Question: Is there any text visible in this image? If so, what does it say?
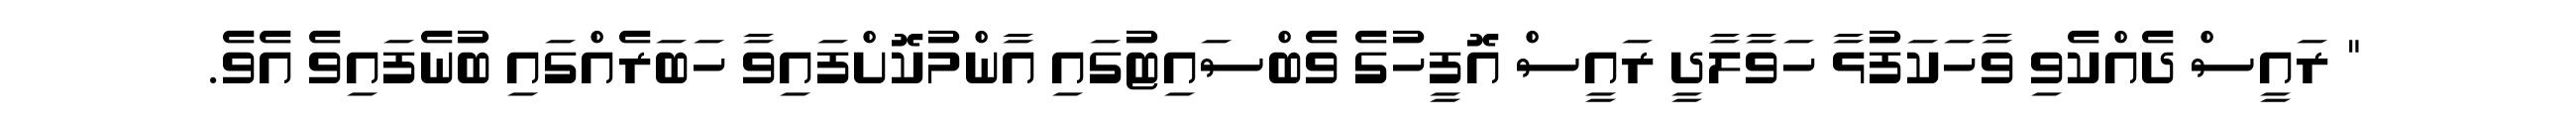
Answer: " ރައީސް ދެއްކެވި ވާހަކަފުޅާ ހަވާލާދީ ރައީސް އޮފީހުގެ ވެބްސައިޓުގައި އާންމުކޮށްފައިވާ ހަބަރެއްގައި ބުނެފައިވެ އެވެ.